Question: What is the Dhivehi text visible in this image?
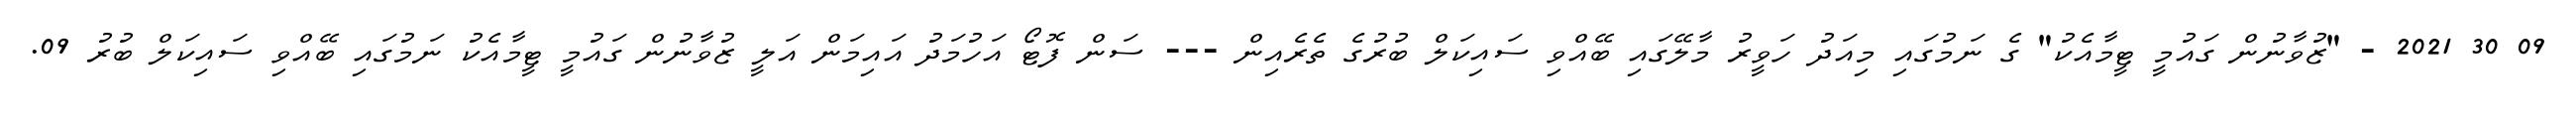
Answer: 09 30 2021 - "ޒުވާނުން ގައުމީ ޓީމާއެކު" ގެ ނަމުގައި މިއަދު ހަވީރު މާލޭގައި ބޭއްވި ސައިކަލް ބުރުގެ ތެރެއިން --- ސަން ފޮޓޯ އަހުމަދު އައިމަން އަލީ ޒުވާނުން ގައުމީ ޓީމާއެކު ނަމުގައި ބޭއްވި ސައިކަލް ބުރު 09.